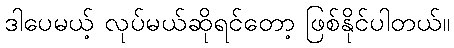
ဒါပေမယ့် လုပ်မယ်ဆိုရင်တော့ ဖြစ်နိုင်ပါတယ်။